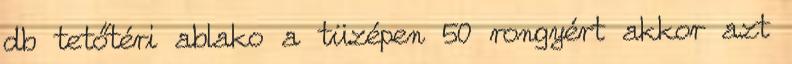
db tetőtéri ablako a tüzépen 50 rongyért akkor azt